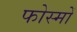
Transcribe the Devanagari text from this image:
फोस्मों